Leningradi_Edasi_toimetus, lk 57
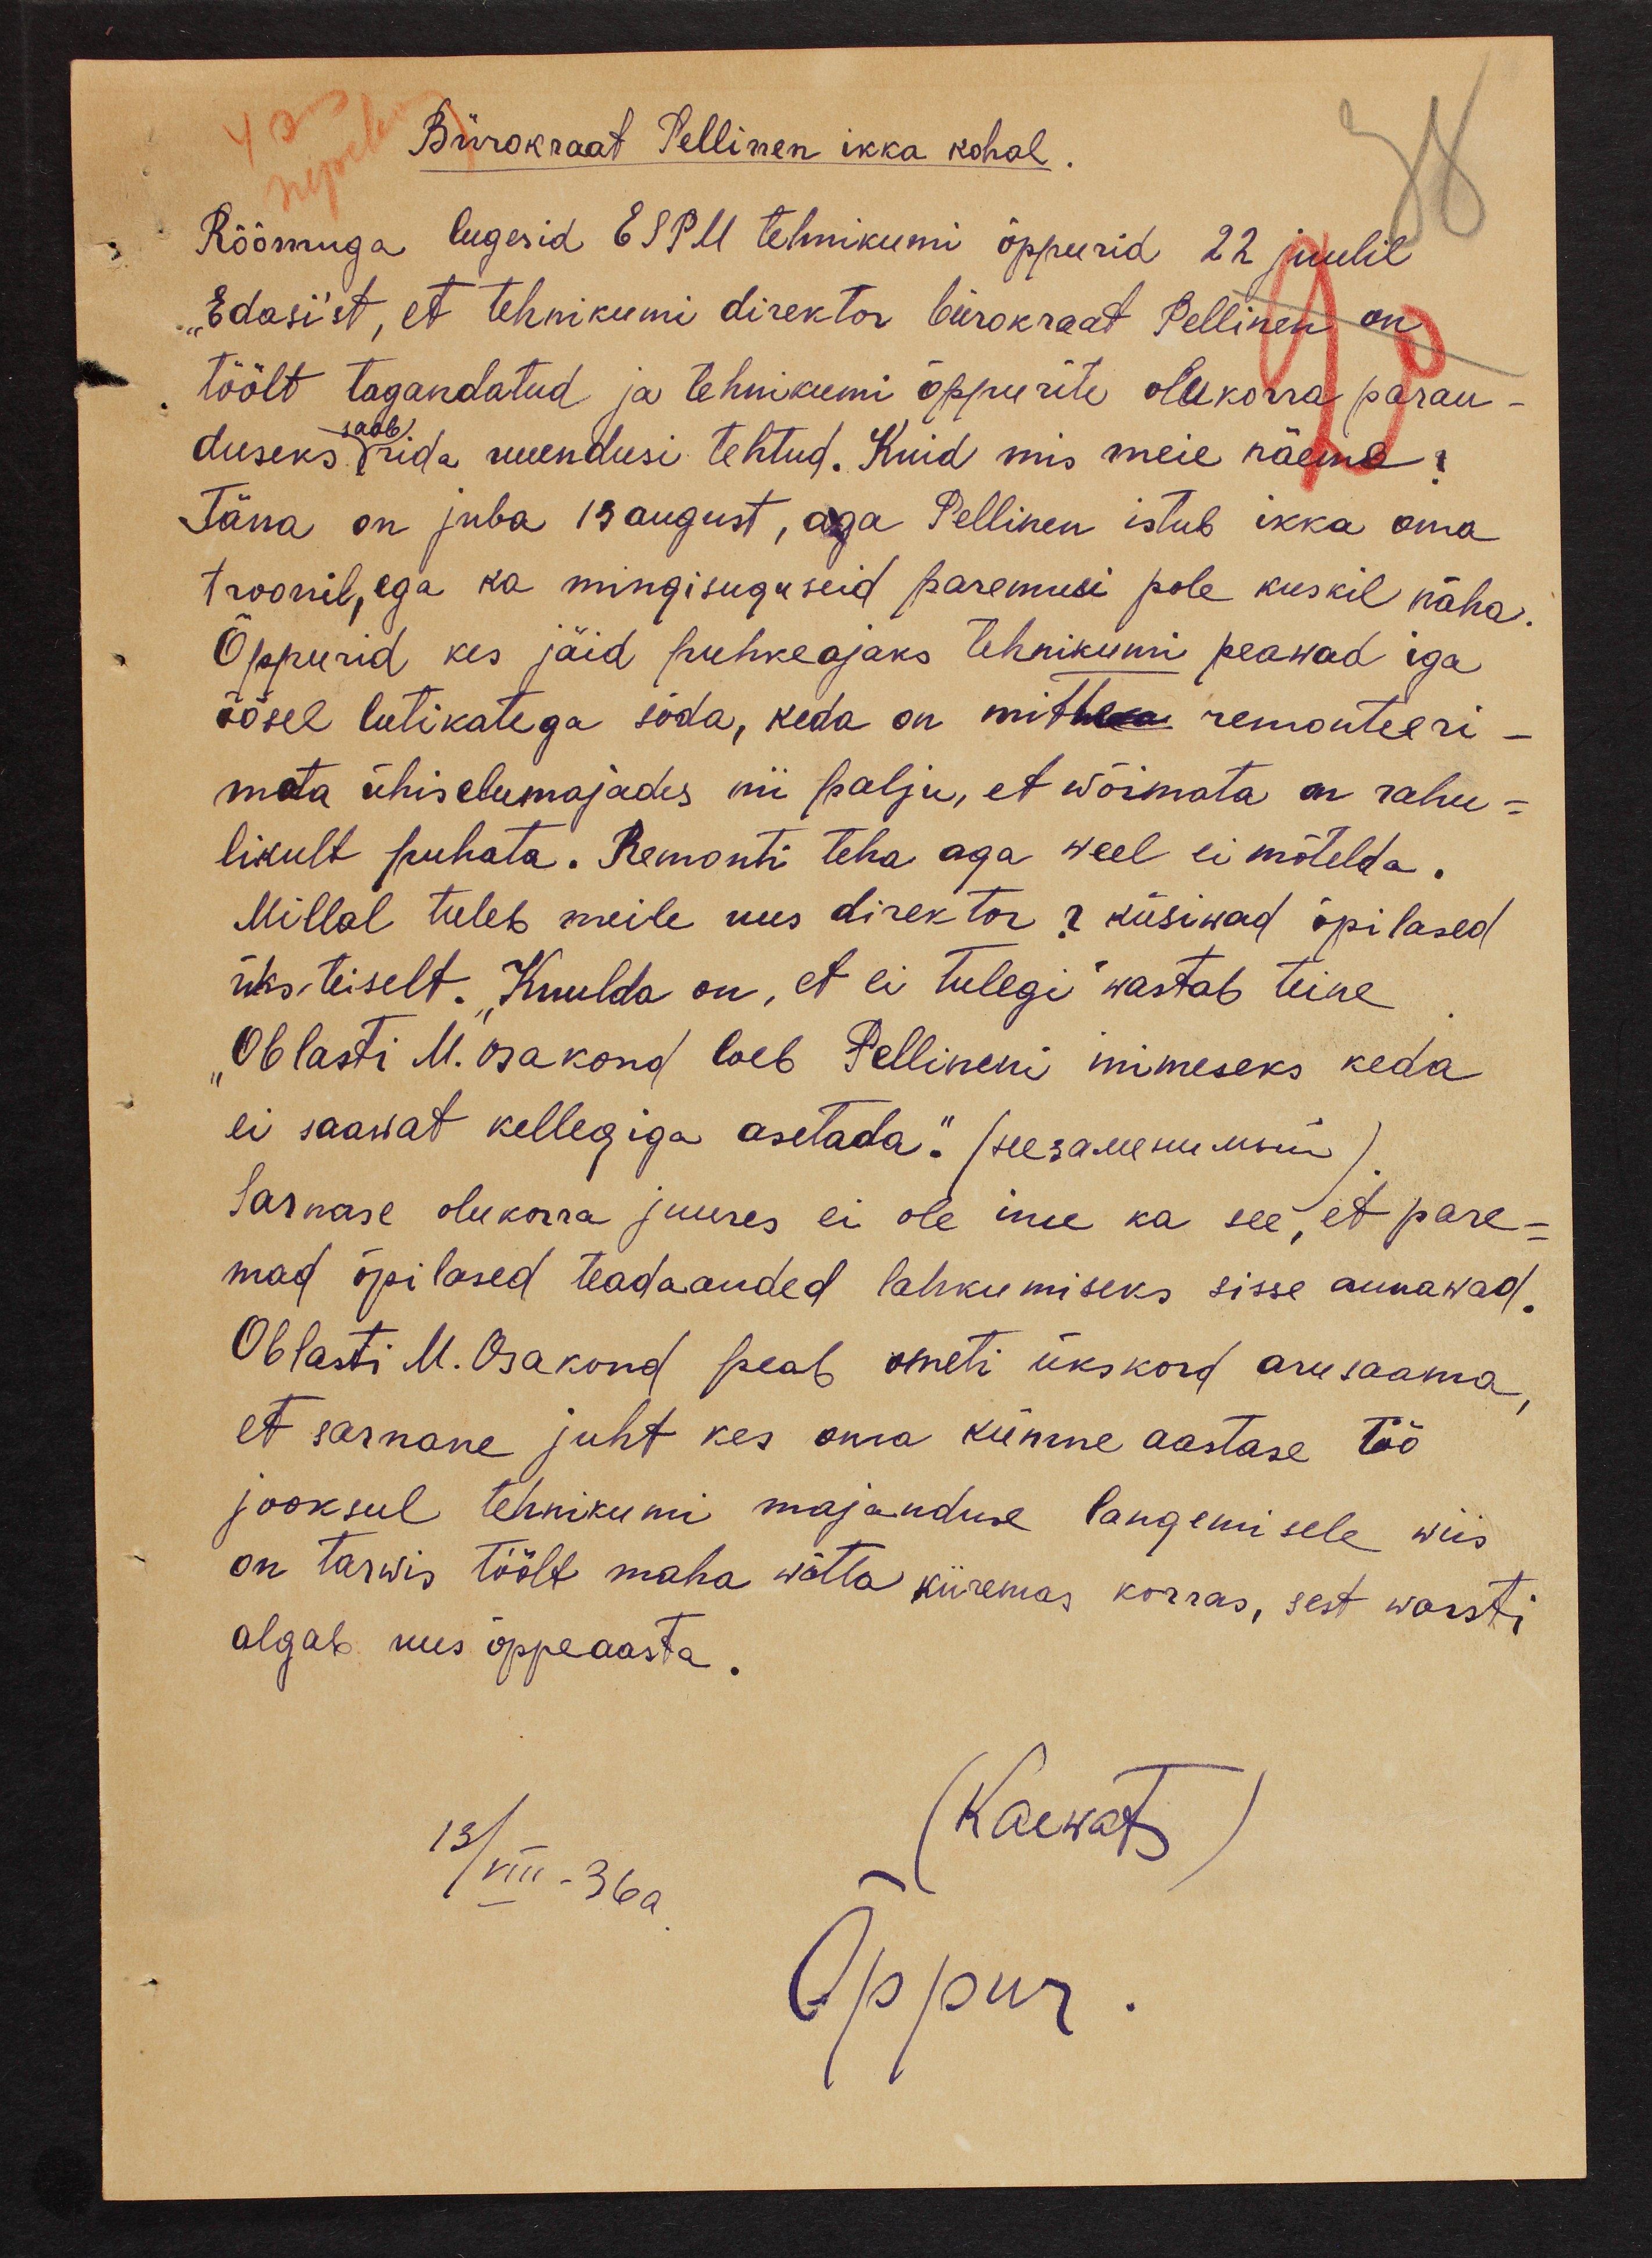
Bürokraat Pellinen ikka kohal.
Rõõmuga lugesid ESPM tehnikumi õppurid 22 juulil
"Edasi´st, et tehnikumi direktor bürokraat Pellinen on
töölt tagandatud ja tehnikumi õppurite olukorra paran-
saab
duseks rida uuendusi tehtud. Kuid mis meie näeme?
Täna on juba 13 august, aga Pellinen istub ikka oma
troonil, ega ka mingisuguseid paremusi pole kuskil näha.
Õppurid kes jäid puhkeajaks tehnikumi peawad iga
õösel lutikatega sõda, keda on mitte remonteeri-
mata ühiselumajades nii palju, et wõimata on rahu-
likult puhata. Remonti teha aga weel ei mõtelda.
Millal tuleb meile uus direktor? küsiwad õpilased
üks-teiselt. "Kuulda on, et ei tulegi" wastab teine
Oblasti M. osakond loeb Pellineni inimeseks keda
ei saawat kellegiga asetada." (seesareemusin)
Sarnase olukorra juures ei ole ime ka see, et pare-
mad õpilased teadaanded lahkumiseks sisse annawad.
Oblasti M. Osakond peab ometi ükskord arusaama,
et sarnane juht kes oma kümne aastase töö
jooksul tehnikumi majanduse langemisele wiis
on tarwis töölt maha wõtta kiiremas korras, sest warsti
algab uus õppeaasta.
13/VIII-36a
(Kaewats)
Õppur.